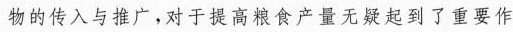
物的传入与推广，对于提高粮食产量无疑起到了重要作